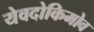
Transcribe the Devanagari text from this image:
येवदोकिमोव